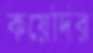
কয়েদির